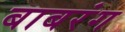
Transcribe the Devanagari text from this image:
बाबरंग